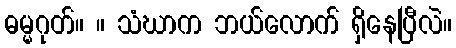
ဓမ္မဂုတ်။ ။ သံဃာက ဘယ်လောက် ရှိနေပြီလဲ။